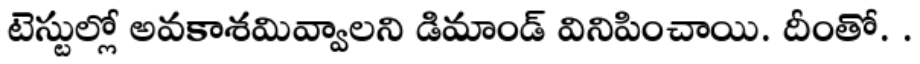
టెస్టుల్లో అవకాశమివ్వాలని డిమాండ్ వినిపించాయి. దీంతో. .